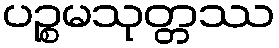
ပဉ္စမသုတ္တဿ